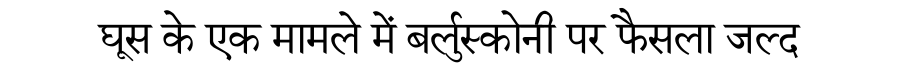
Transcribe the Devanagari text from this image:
घूस के एक मामले में बर्लुस्कोनी पर फैसला जल्द